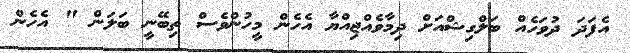
އެފަދަ ދުވަހެއް ބަލްގިޝްއަށް ދިމާވެއްޖިއްޔާ އެހެން މީހުންވެސް ތިބޭނީ ބަލަން " އެހެން